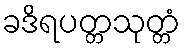
ခဒိရပတ္တသုတ္တံ